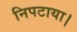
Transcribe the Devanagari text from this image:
निपटाया।